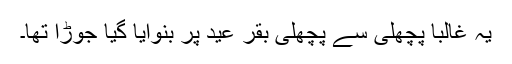
یہ غالباً پچھلی سے پچھلی بقر عید پر بنوایا گیا جوڑا تھا۔